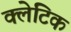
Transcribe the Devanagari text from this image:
क्लेटिक